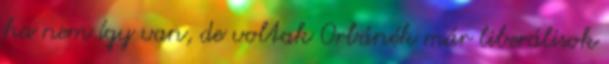
ha nem így van, de voltak Orbánék már liberálisok